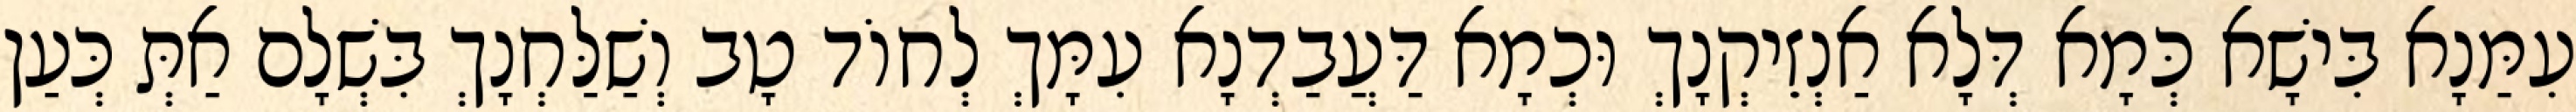
עִמַּנָא בִּישָׁא כְּמָא דְּלָא אַנְזֵיקְנָךְ וּכְמָא דַּעֲבַדְנָא עִמָּךְ לְחוֹד טָב וְשַׁלַּחְנָךְ בִּשְׁלָם אַתְּ כְּעַן